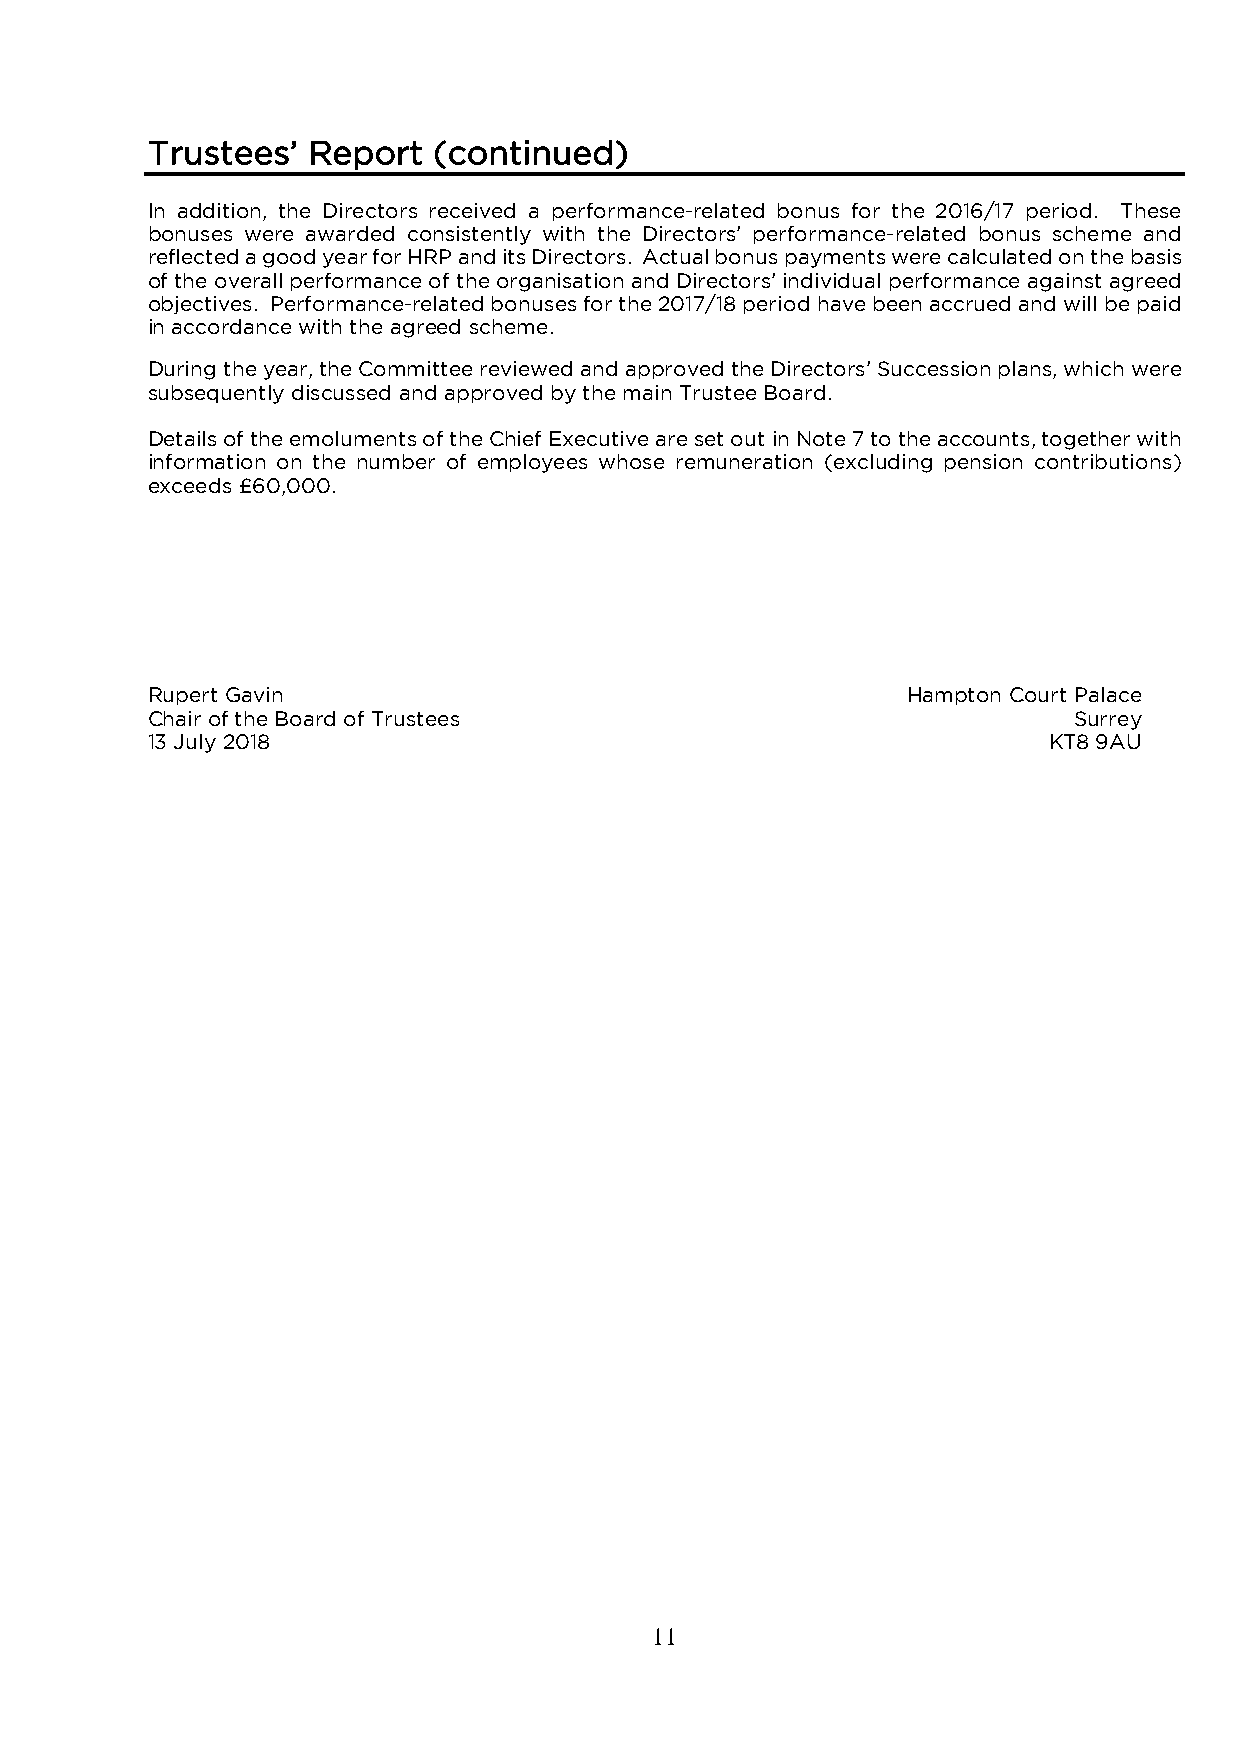
Trustees’ Report   (continued)
 In addition, the Directors received a performance-related bonus for the 2016/17 period. These
 bonuses were awarded consistently with the Directors’ performance-related bonus scheme and
 reflected a good year for HRP and its Directors. Actual bonus payments were calculated on the basis
 of the overall performance of the organisation and Directors’ individual performance against agreed
 objectives. Performance-related bonuses for the 2017/18 period have been accrued and will be paid
 in accordance with the agreed scheme.
 During the year, the Committee reviewed and approved the Directors’ Succession plans, which were
 subsequently discussed and approved by the main Trustee Board.
 Details of the emoluments of the Chief Executive are set out in Note 7 to the accounts, together with
 information on the number of employees whose remuneration (excluding pension contributions)
 exceeds £60,000.
 Rupert Gavin                                      Hampton Court Palace
 Chair of the Board of Trustees                               Surrey
 13 July 2018                                               KT8 9AU
 11